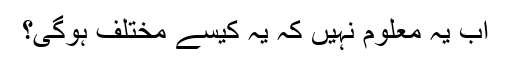
اب یہ معلوم نہیں کہ یہ کیسے مختلف ہوگی؟